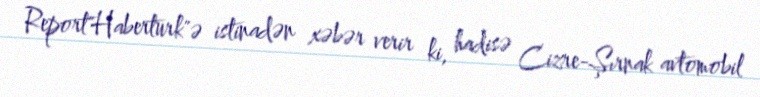
Report"Haberturk"ə istinadən xəbər verir ki, hadisə Cizre-Şırnak avtomobil